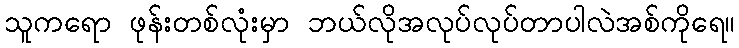
သူကရော ဖုန်းတစ်လုံးမှာ ဘယ်လိုအလုပ်လုပ်တာပါလဲအစ်ကိုရေ။